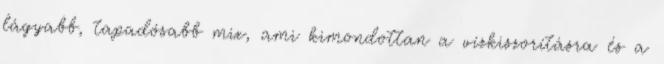
lágyabb, tapadósabb mix, ami kimondottan a vízkiszorításra és a